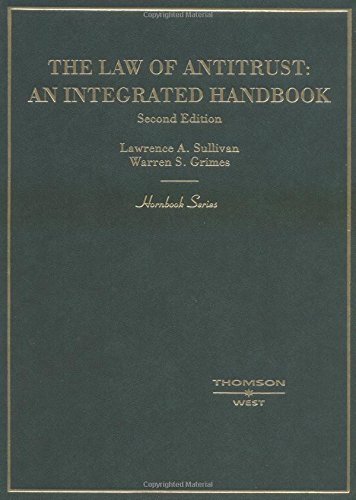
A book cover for The Law of Antitrust: An Integrated Handbook (Hornbook); Lawrence Sullivan; Law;